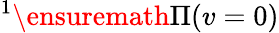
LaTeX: {}^{1}\ensuremath{\Pi}(v=0)